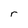
Character: r